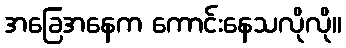
အခြေအနေက ကောင်းနေသလိုလို။